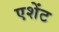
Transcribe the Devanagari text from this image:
एशेंट